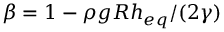
\beta = 1 - \rho g R h _ { e q } / ( 2 \gamma )